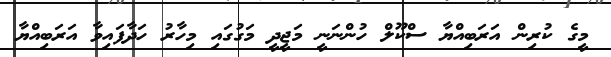
މީގެ ކުރިން އަރަބިއްޔާ ސްކޫލް ހުންނަނީ މަޖީދީ މަގުގައި މިހާރު ހަދާފައިވާ އަރަބިއްޔާ